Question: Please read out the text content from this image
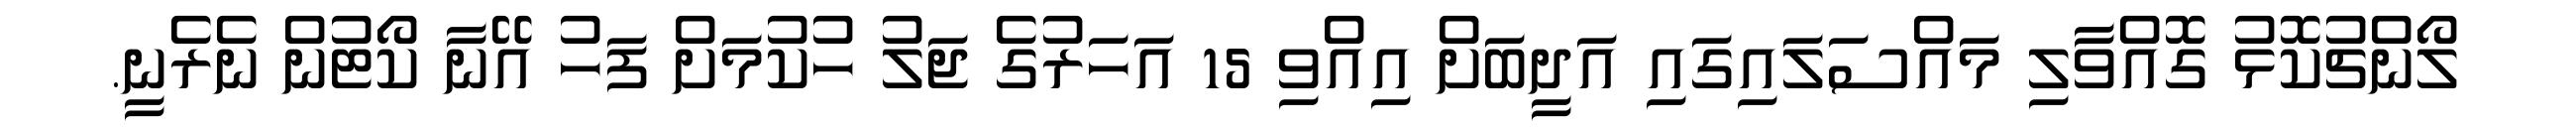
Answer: ލޯންޗުކޮޅު ގޮއްވާލި މައްސަލައިގައި އަދީބަށް އިއްވި 15 އަހަރުގެ ޖަލު ހުކުމަށް ފަހު އޭނާ ކޯޓުން ނެރެނީ.